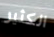
الكثير